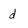
Character: d